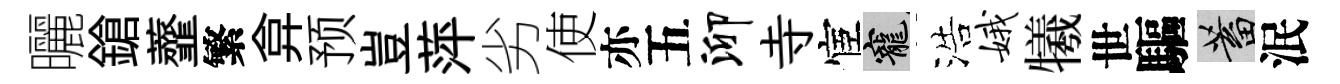
曬鎗虀繁弇预豈萍劣使亦五泖寺宦寵浩娥犧世驅蓄泯